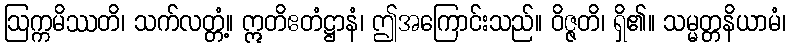
ဩက္ကမိဿတိ၊ သက်လတ္တံ့။ ဣတိဧတံဋ္ဌာနံ၊ ဤအကြောင်းသည်။ ဝိဇ္ဇတိ၊ ရှိ၏။ သမ္မတ္တနိယာမံ၊